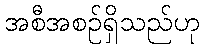
အစီအစဉ်ရှိသည်ဟု